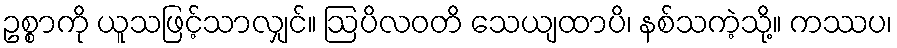
ဥစ္စာကို ယူသဖြင့်သာလျှင်။ ဩပိလဝတိ သေယျထာပိ၊ နစ်သကဲ့သို့။ ကဿပ၊